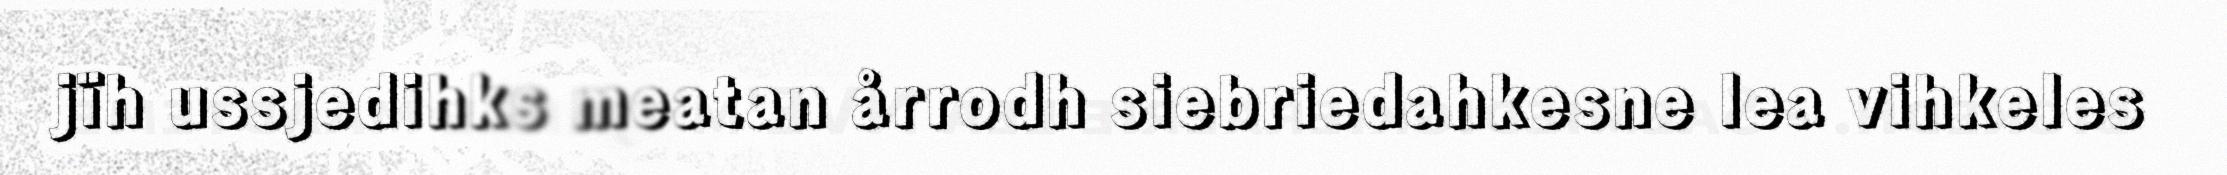
jïh ussjedihks meatan årrodh siebriedahkesne lea vihkeles